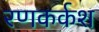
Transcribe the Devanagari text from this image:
रणकर्कश